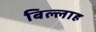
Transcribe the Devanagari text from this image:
बिल्लाह